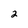
Character: 2